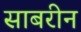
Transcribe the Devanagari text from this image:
साबरीन